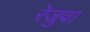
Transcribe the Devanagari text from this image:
रेजुवा